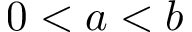
0 < a < b